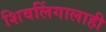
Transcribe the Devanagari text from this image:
शिवलिंगालाही